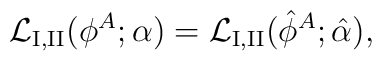
{\cal L}_{\rm I,II}(\phi^A; \alpha)                =  {\cal L}_{\rm I,II}(\hat \phi^A; \hat \alpha),